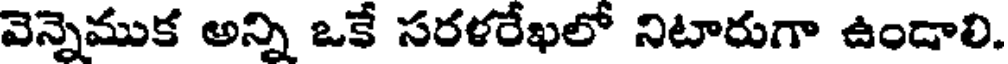
వెన్నెముక అన్ని ఒకే సరళరేఖలో నిటారుగా ఉండాలి.